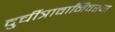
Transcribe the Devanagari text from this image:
दुर्चीत्रावानिवरचा